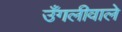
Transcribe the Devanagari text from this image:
उँगलीवाले